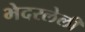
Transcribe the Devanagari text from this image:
भेदरलेली